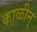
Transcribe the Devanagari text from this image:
काळीन्